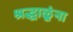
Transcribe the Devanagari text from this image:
श्रद्धाळूंना